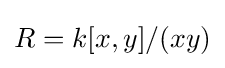
R=k[x,y]/(xy)